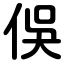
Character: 俁